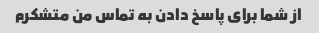
از شما برای پاسخ دادن به تماس من متشکرم